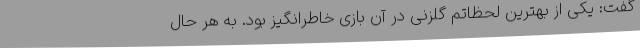
گفت: یکی از بهترین لحظاتم گلزنی در آن بازی خاطرانگیز بود. به هر حال